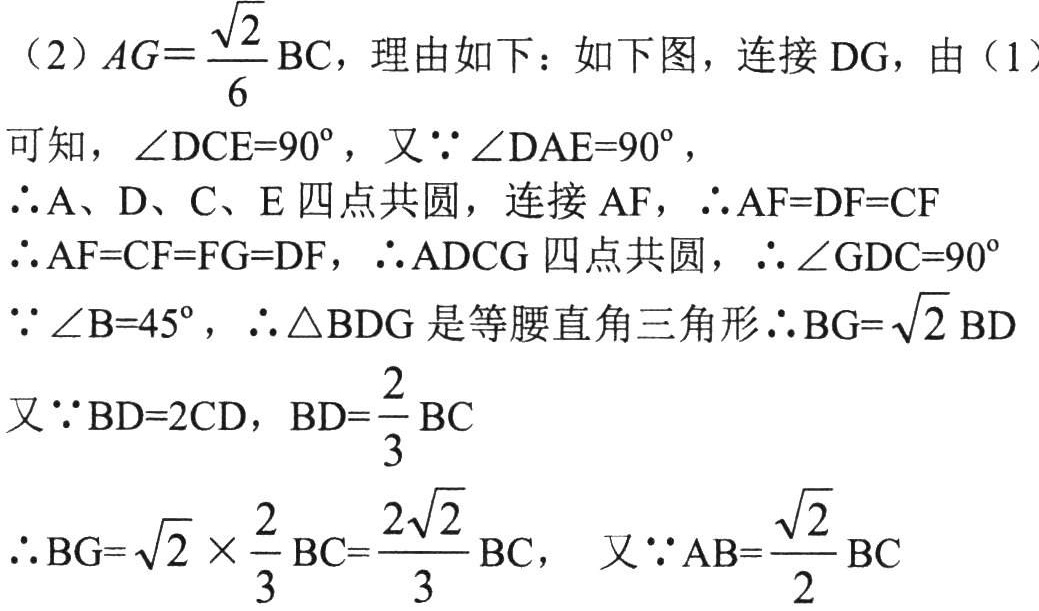
（2）\(AG = \frac{\sqrt{2}}{6}\text{BC}\)，理由如下：如下图，连接 DG，由（1）

可知，\(\angle DCE = 90^{\circ}\)，又\(\because\angle DAE = 90^{\circ}\)，

\(\therefore\)A、D、C、E 四点共圆，连接 AF，\(\therefore AF = DF = CF\)

\(\therefore AF = CF = FG = DF\)，\(\therefore\)ADCG 四点共圆，\(\therefore\angle GDC = 90^{\circ}\)

\(\because\angle B = 45^{\circ}\)，\(\therefore\triangle BDG\)是等腰直角三角形\(\therefore BG = \sqrt{2}BD\)

又\(\because BD = 2CD\)，\(BD=\frac{2}{3}\text{BC}\)

\(\therefore BG = \sqrt{2} \times \frac{2}{3}\text{BC} = \frac{2\sqrt{2}}{3}\text{BC}\)， 又\(\because AB = \frac{\sqrt{2}}{2}\text{BC}\)